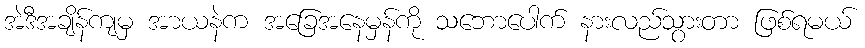
အဲဒီအချိန်ကျမှ အာယနဲက အခြေအနေမှန်ကို သဘောပေါက် နားလည်သွားတာ ဖြစ်ရမယ်